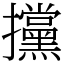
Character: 攩